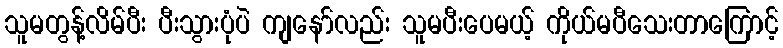
သူမတွန့်လိမ်ပီး ပီးသွားပုံပဲ ကျနော်လည်း သူမပီးပေမယ့် ကိုယ်မပီသေးတာကြောင့်